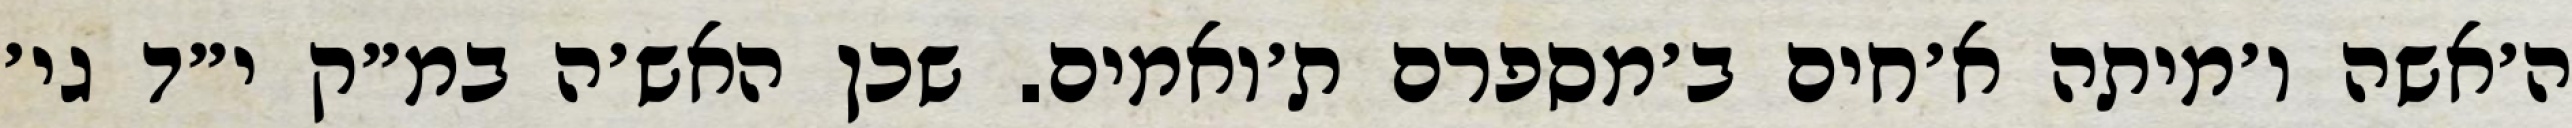
ה׳אשה ו׳מיתה א׳חים ב׳מספרם ת׳ואמים. שכן האש׳ה במ״ק י״ד גי׳